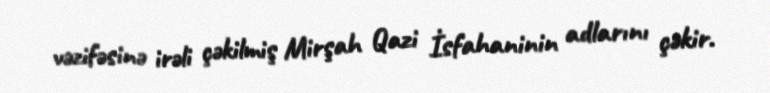
vəzifəsinə irəli çəkilmiş Mirşah Qazi İsfahaninin adlarını çəkir.